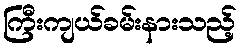
ကြီးကျယ်ခမ်းနားသည့်